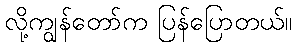
လို့ကျွန်တော်က ပြန်ပြောတယ်။